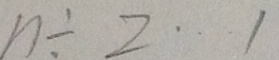
n \div 2 \cdots 1